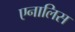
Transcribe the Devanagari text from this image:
एनालिस